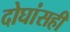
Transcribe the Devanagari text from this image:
दोघांसही